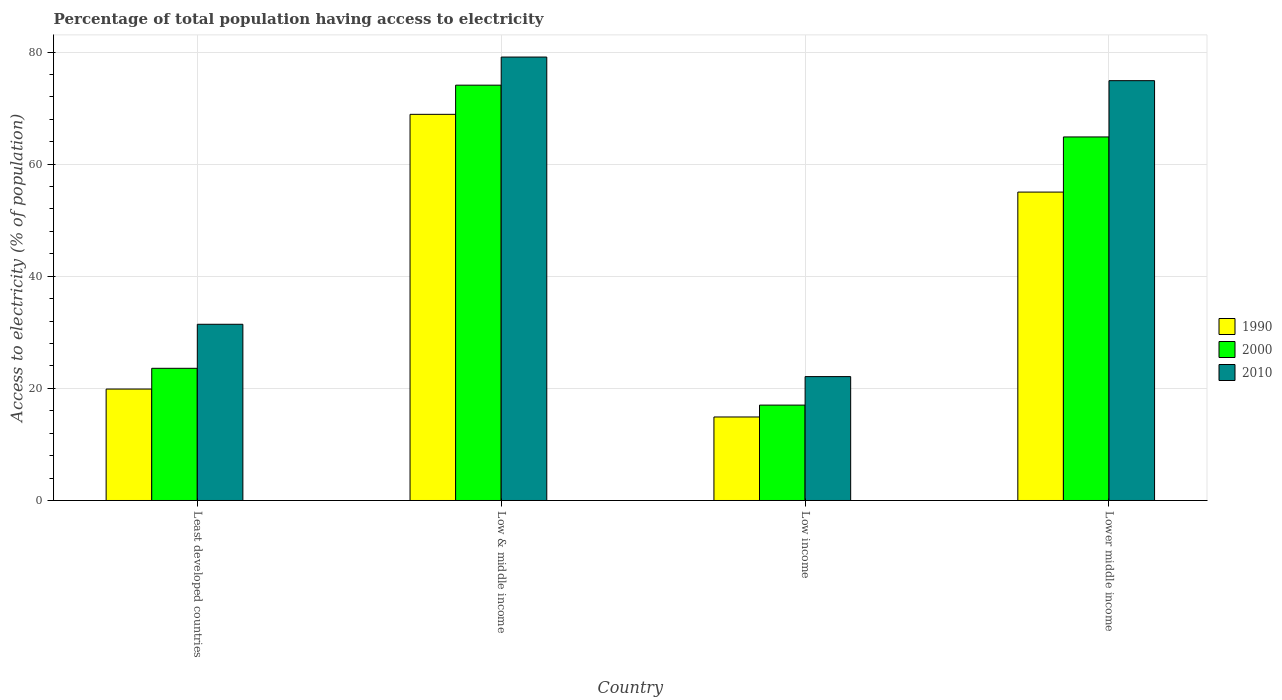
| Country | 1990 | 2000 | 2010 |
 | --- | --- | --- | --- |
 | Least developed countries | 19.9 | 23.6 | 31.4 |
 | Low & middle income | 68.9 | 74.1 | 79.1 |
 | Low income | 14.9 | 17 | 22.1 |
 | Lower middle income | 55 | 64.9 | 74.9 |